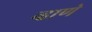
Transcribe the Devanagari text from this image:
न्हाणे